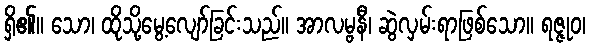
ရှိ၏။ သော၊ ထိုသို့မွေ့လျော်ခြင်းသည်။ အာလမ္ဗနီ၊ ဆွဲလှမ်းရာဖြစ်သော။ ရဇ္ဇုဝ၊